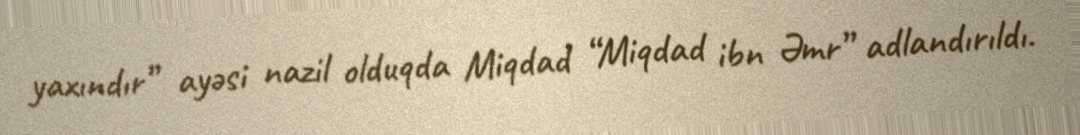
yaxındır” ayəsi nazil olduqda Miqdad “Miqdad ibn Əmr” adlandırıldı.